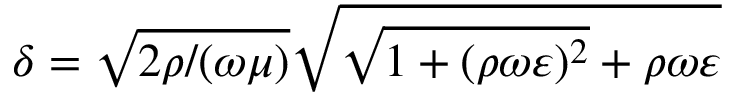
\delta = \sqrt { 2 \rho / ( \omega \mu ) } \sqrt { \sqrt { 1 + ( \rho \omega \varepsilon ) ^ { 2 } } + \rho \omega \varepsilon }